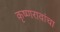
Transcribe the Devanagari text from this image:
कृष्णरावांचा